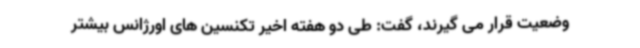
وضعیت قرار می گیرند، گفت: طی دو هفته اخیر تکنسین های اورژانس بیشتر